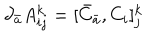
\partial _ { \bar { a } } A _ { i j } ^ { k } = [ { \bar { C } } _ { \bar { a } } , C _ { i } ] _ { j } ^ { k }